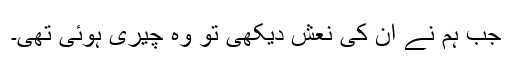
جب ہم نے ان کی نعش دیکھی تو وہ چیری ہوئی تھی۔